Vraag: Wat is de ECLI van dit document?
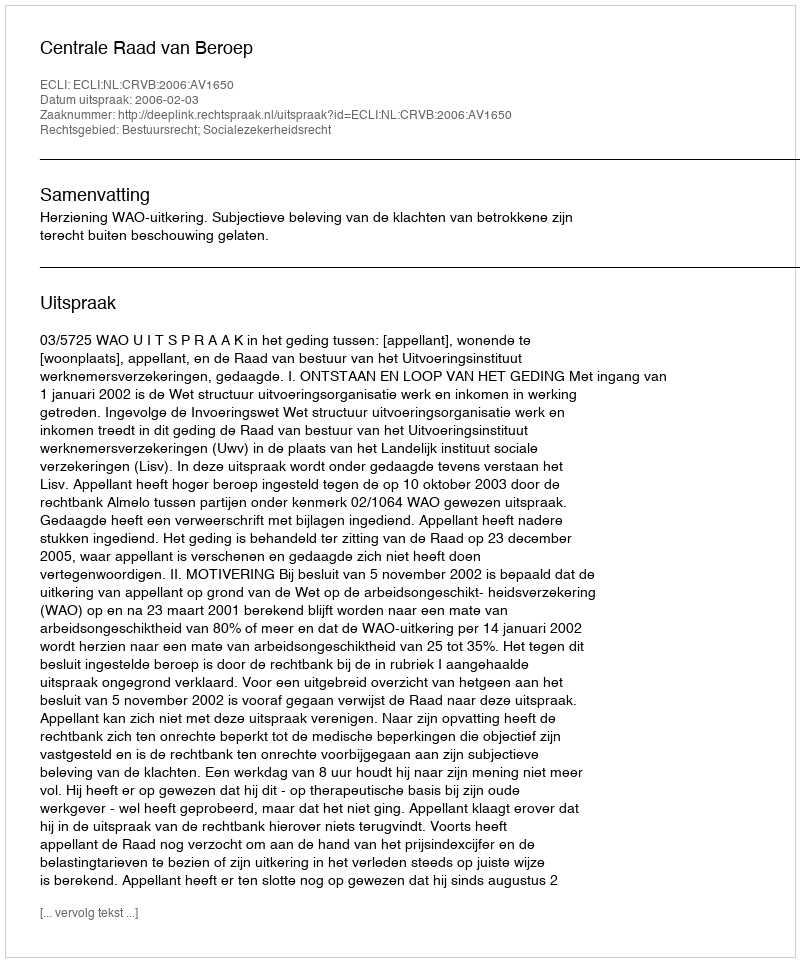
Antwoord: ECLI:NL:CRVB:2006:AV1650